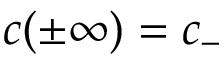
c ( \pm \infty ) = c _ { - }